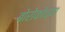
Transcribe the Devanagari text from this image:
बोरोकोच्या